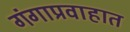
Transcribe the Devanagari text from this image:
गंगाप्रवाहात